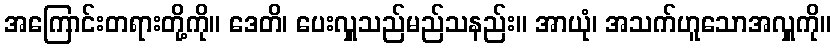
အကြောင်းတရားတို့ကို။ ဒေတိ၊ ပေးလှူသည်မည်သနည်း။ အာယုံ၊ အသက်ဟူသောအလှူကို။